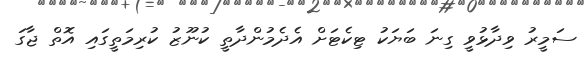
ސަމީރު ވިދާޅުވީ ގިނަ ބަޔަކު ޓިކެޓަށް އެދެމުންދާތީ ކުނޫޒު ކުރިމަތީގައި އޮތް ޖާގަ